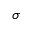
\boldsymbol { \sigma }